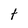
Character: t